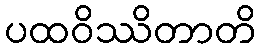
ပထဝိဿိတာတိ